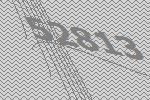
52813